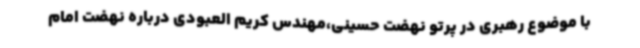
با موضوع رهبری در پرتو نهضت حسینی،مهندس کریم العبودی درباره نهضت امام